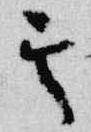
其